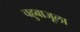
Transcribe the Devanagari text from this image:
चहुबाजूला